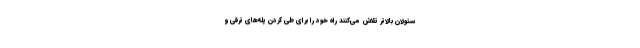
سئولان بالاتر تلاش می‌کنند راه خود را برای طی کردن پله‌های ترقی و